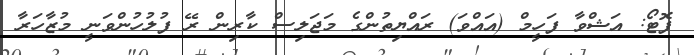
ފޮޓޯ: އަޝްވާ ފަހީމް (އައްވަ) ރައްޔިތުންގެ މަޖަލިސް ކާރިން ރޭ ފުލުހުންވަނީ މުޒާހަރާ